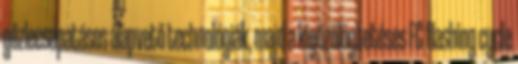
gőzlecsapatásos alapvető technológiák, majd a kigőzölögtetéses FC flashing cycle